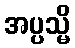
အပ္ပသ္မိ